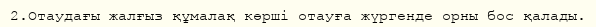
2.Отаудағы жалғыз құмалақ көрші отауға жүргенде орны бос қалады.